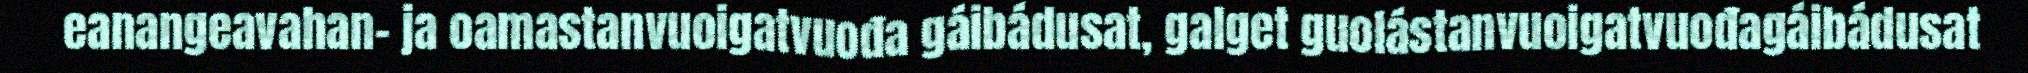
eanangeavahan- ja oamastanvuoigatvuođa gáibádusat, galget guolástanvuoigatvuođagáibádusat